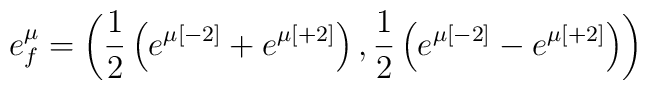
e^\mu_f = \left( {1 \over 2}  \left(e^{\mu[-2]} + e^{\mu[+2]}\right) , {1 \over 2} \left(e^{\mu[-2]} - e^{\mu[+2]} \right)\right)